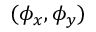
( \phi _ { x } , \phi _ { y } )